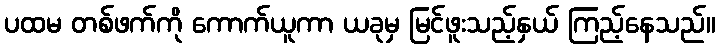
ပထမ တစ်ဖက်ကို ကောက်ယူကာ ယခုမှ မြင်ဖူးသည့်နှယ် ကြည့်နေသည်။